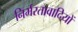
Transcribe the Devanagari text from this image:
निर्भरतावादियों